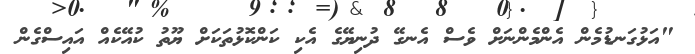
"އަޅުގަނޑުމެން އެންމެންނަށް ވެސް އެނގޭ ދުނިޔޭގެ އެކި ކަންކޮޅުތަކަށް ޔޫތު ކުއޭކެއް އައިސްގެން